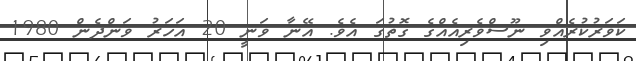
ކަވަރުކުރެއްވި ނޫސްވެރިއެއްގެ ގޮތުގަ އެވެ. އޭނާ ވަނީ 20 އަހަރު ވަންދެން 1980